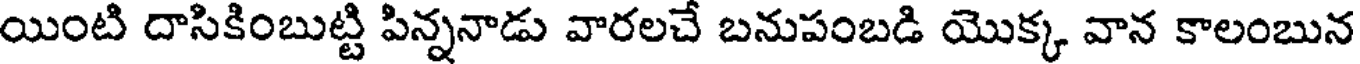
యింటి దాసికింబుట్టి పిన్ననాడు వారలచే బనుపంబడి యొక్క వాన కాలంబున